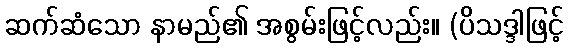
ဆက်ဆံသော နာမည်၏ အစွမ်းဖြင့်လည်း။ (ပိသဒ္ဒါဖြင့်